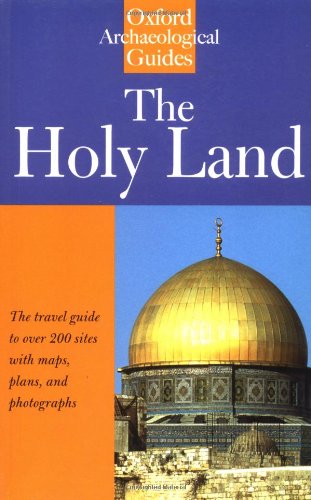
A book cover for The Holy Land: An Oxford Archaeological Guide from Earliest Times to 1700 (Oxford Archaeological Guides); Jerome Murphy-O'Connor; Travel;